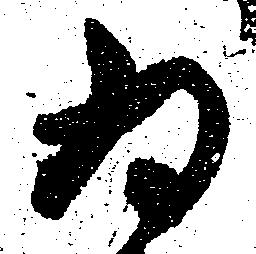
為